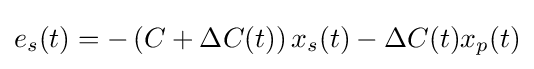
e_{s}(t)=-\left(C+\Delta C(t)\right)x_{s}(t)-\Delta C(t)x_{p}(t)